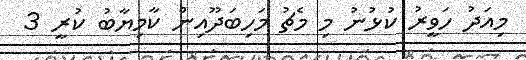
މިއަދު ހަވީރު ކުޅުނު މި މެޗު މަހިބަދޫއިން ކާމިޔާބު ކުރީ 3